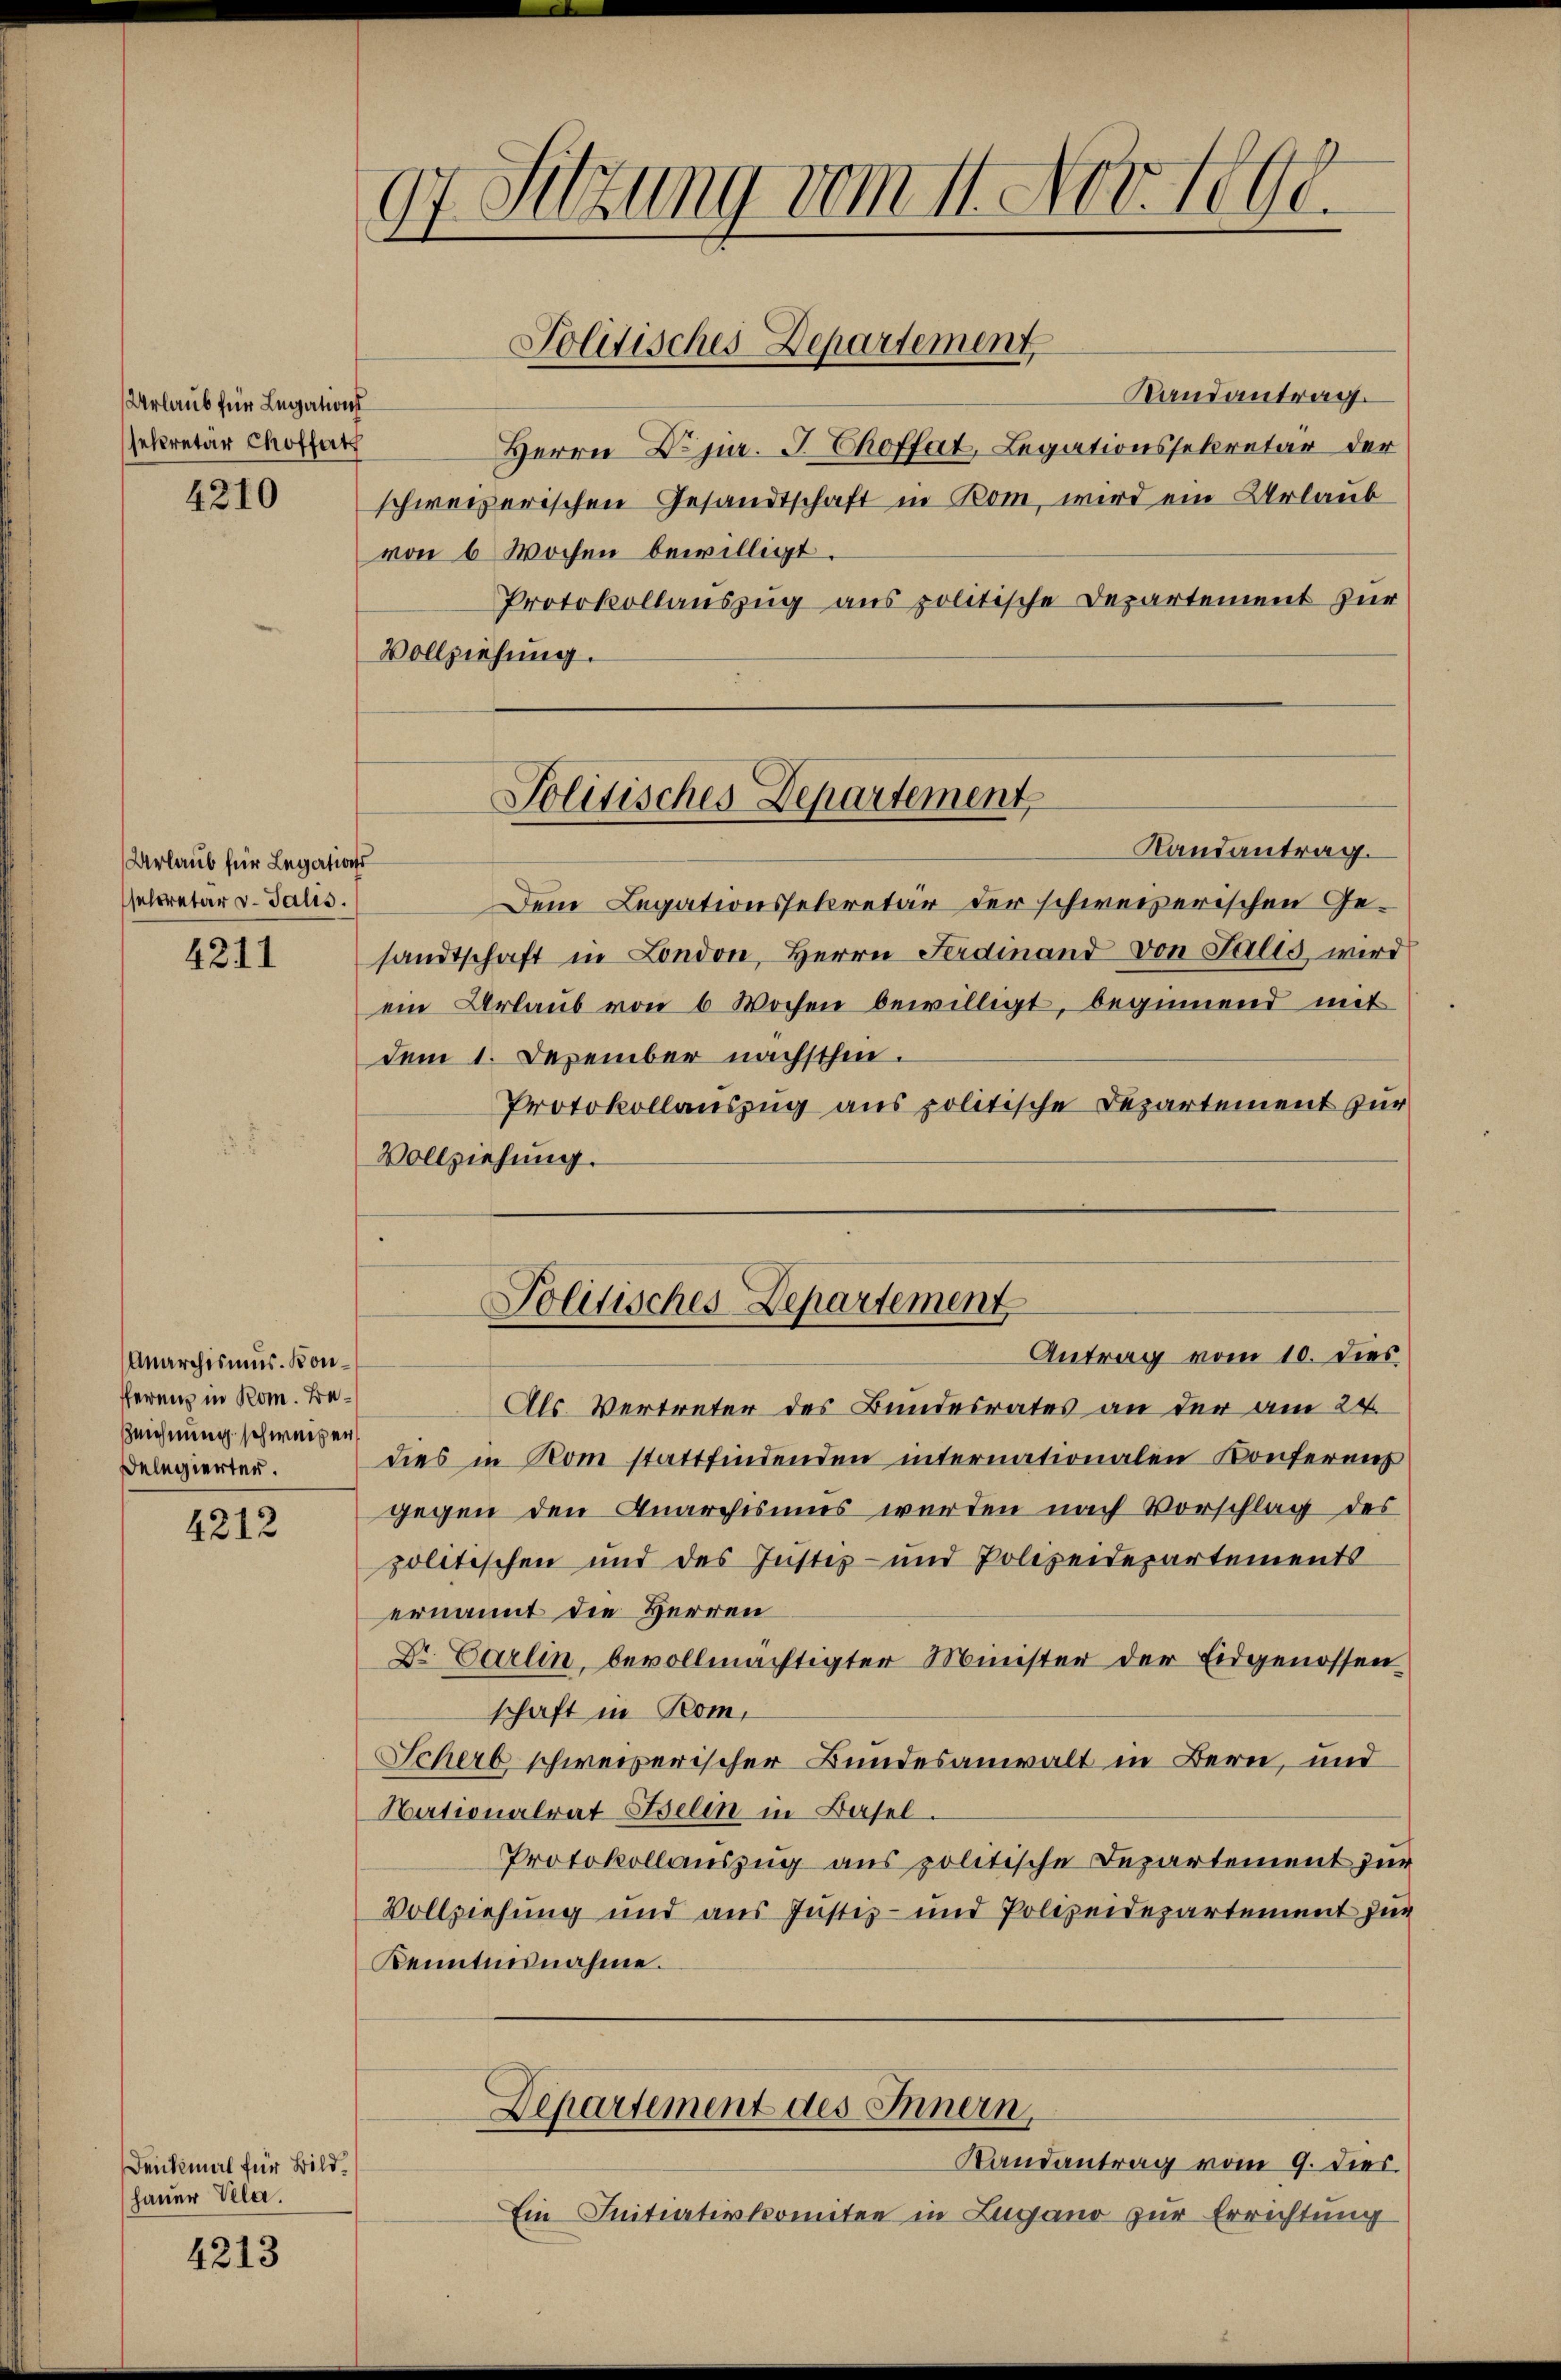
Urlaub für Legations
sekretär Choffert

4210

Urlaub für Legations
secretär v. Talis.

4211

Anarchismus. Konfferenz in Rom. Be¬
Zeichnung schweisen,
Delegierter.

4212

Denkmal für Bild,
hauer Kla.

4213

97. Sitzung vom 11. Nov. lobl.

Randantrag.
von 6 Wochen bewilligt.
Protokollauszug aus politische Departement zur
Vollziehung.

Politisches Departement

Herrn Dr jur. J. Choftat, Legationssekretär der
schweizerischen Gesandtschaft in Rom, wird ein Urlaub

Politisches Departement,

Randantrag.
Dem Legationssekretär der schweizerischen Gesandtschaft in London, Herrn Ferdinand von Salis wird
ein Urlaub von 6 Wochen bewilligt, beginnend mit
dem 1. Dezember nächsthin.
Protokollauszug aus politische Departement zur
Vollziehung.

Als Vertreter des Bundesrates an der am 24.
dies in Rom stattfindenden internationalen Konferenz
gegen den Quarchisums werden nach Vorschlag des
politischen und des Justiz- und Polizeidepartements
ernannt die Herren
Dr Carlin, bevollmächtigter Minister der Eidgenossen
schaft in Rom,
Scherb schweizerischer Bundesanwalt in Bern, und
Nationalrat Iselin in Basel.
Protokollauszug aus politische Departement zur
Vollziehung und aus Justiz- und Polizeidepartement zur
Kenntnisnahme.
Departement des Innern,
Randantrag vom 9. dies.
Ein Initiativkomitee in Zugano zur Errichtung

Politisches Departement
Antrag vom 10. dies